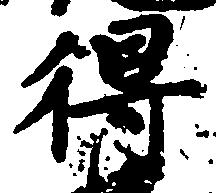
得